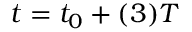
t = t _ { 0 } + ( 3 ) T